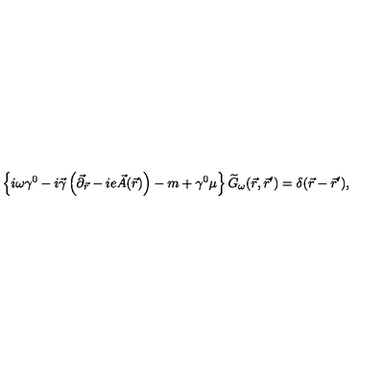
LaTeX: \left\{ i \omega \gamma ^ { 0 } - i \vec { \gamma } \left( \vec { \partial } _ { \vec { r } } - i e \vec { A } ( \vec { r } ) \right) - m + \gamma ^ { 0 } \mu \right\} \widetilde { G } _ { \omega } ( \vec { r } , \vec { r } ^ { \prime } ) = \delta ( \vec { r } - \vec { r } ^ { \prime } ) ,